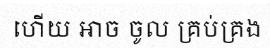
ហើយ អាច ចូល គ្រប់គ្រង